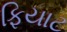
ફિયાટ